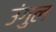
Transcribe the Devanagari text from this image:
उंगुल